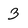
Character: 3